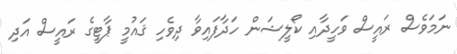
ނަމަވެސް ރައީސް ވަހީދާއި ކޯލީޝަން ހަދާފައިވާ ދިވެހި ޤައުމީ ޕާޓީގެ ރައީސް އަދި